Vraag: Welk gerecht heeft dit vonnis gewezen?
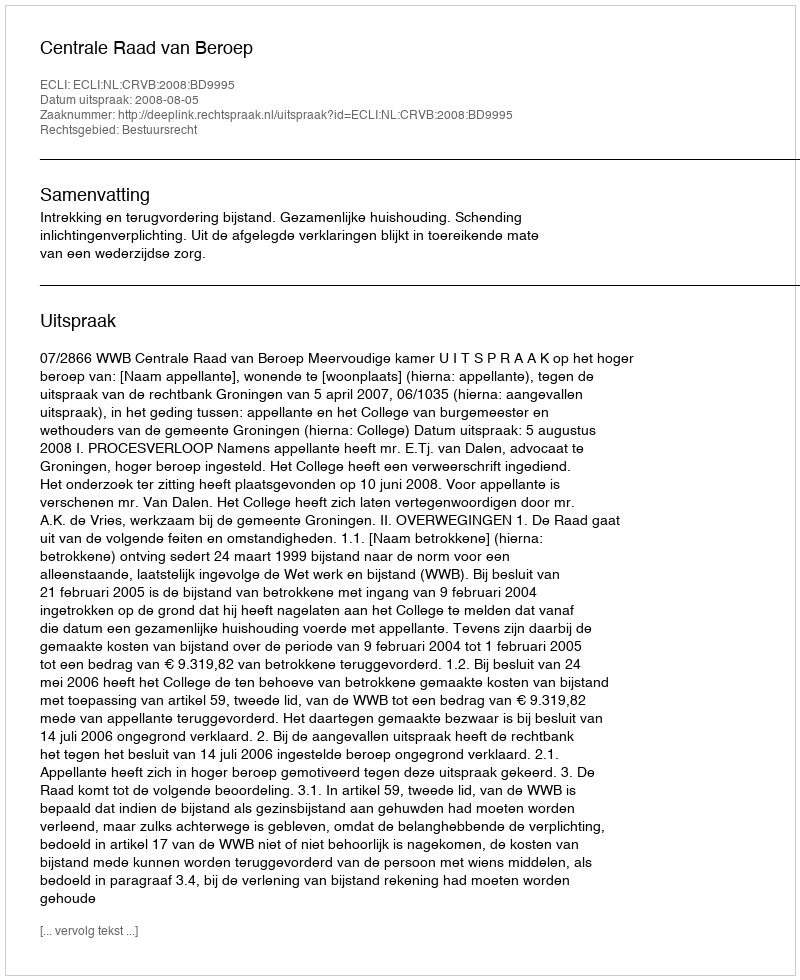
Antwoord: Centrale Raad van Beroep